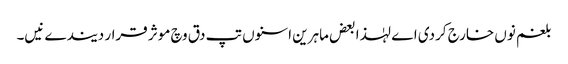
بلغم نو‏‏ں خارج کردی اے لہٰذا بعض ماہرین اسنو‏ں تپ دق وچ موثر قرار دیندے نیں۔